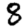
Digit: 8